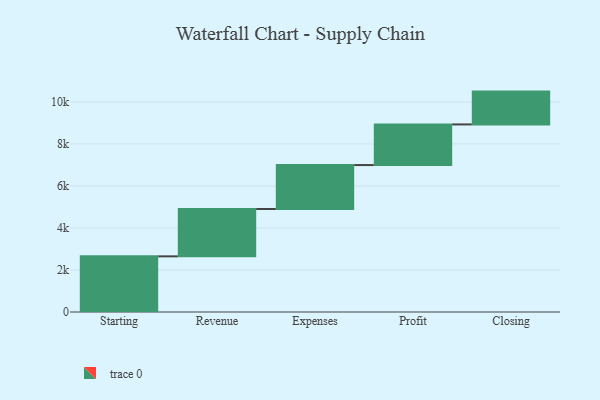
{"axis": {"x": "Step", "y": "Value"}, "legend": [""], "data": [{"x": "Starting", "y": 2649.0, "type": ""}, {"x": "Revenue", "y": 2254.0, "type": ""}, {"x": "Expenses", "y": 2092.0, "type": ""}, {"x": "Profit", "y": 1934.0, "type": ""}, {"x": "Closing", "y": 1562.0, "type": ""}]}